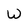
Character: W